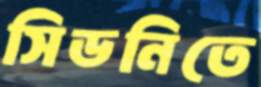
সিডনিতে